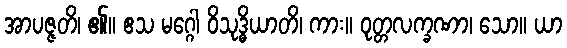
အာပဇ္ဇတိ၊ ၏။ ဧသ မဂ္ဂေါ ဝိသုဒ္ဓိယာတိ၊ ကား။ ဝုတ္တလက္ခဏာ၊ သော။ ယာ